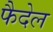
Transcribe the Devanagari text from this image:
फैदेल